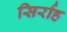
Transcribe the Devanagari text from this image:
सिर्राह